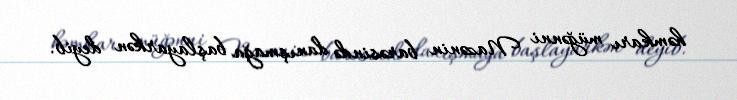
həmkarı müğənni Nazənin barəsində danışmağa başlayarkən deyib.